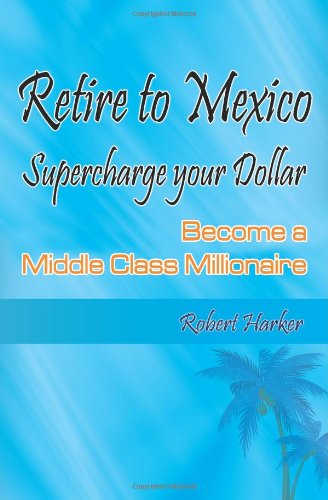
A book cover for Retire to Mexico: Supercharge your Dollar, Become a Middle-class Millionaire; Robert Harker; Travel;